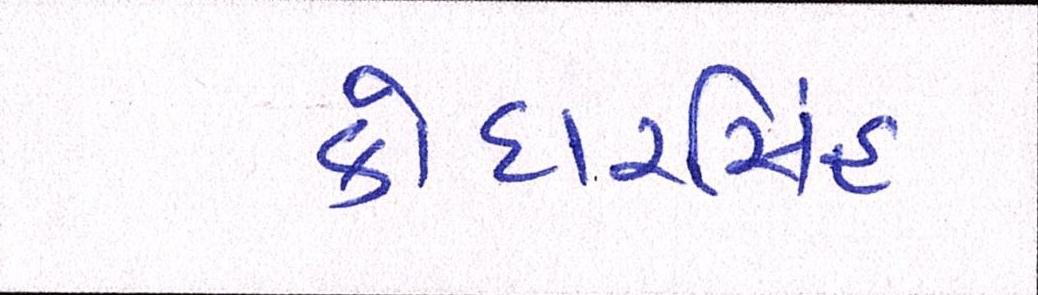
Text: કોદારસિંહ